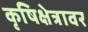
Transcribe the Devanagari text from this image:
कृषिक्षेत्रावर